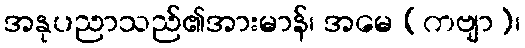
အနုပညာသည်၏အားမာန်၊ အမေ (ကဗျာ)၊